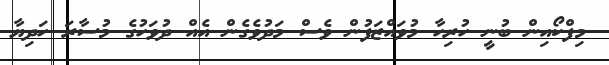
މިފްކޯއިން ބުނީ ހުރިހާ މުވައްޒަފުން ވެސް މަދުވެގެން އެއް ދުވަހުގެ މުސާރަ ހަދިޔާ